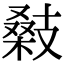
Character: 𢻚